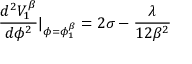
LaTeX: \frac { d ^ { 2 } V _ { 1 } ^ { \beta } } { d \phi ^ { 2 } } | _ { \phi = \phi _ { 1 } ^ { \beta } } = 2 \sigma - \frac { \lambda } { 1 2 \beta ^ { 2 } }